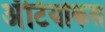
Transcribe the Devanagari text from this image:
अँटियोकस